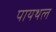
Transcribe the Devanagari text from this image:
पायथल